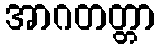
အာဂတတ္တာ